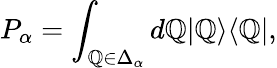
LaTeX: P_{\alpha}=\int_{\mathbb{Q}\in\Delta_{\alpha}}d\mathbb{Q}|\mathbb{Q}\rangle\langle\mathbb{Q}|,